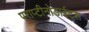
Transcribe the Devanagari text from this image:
पराप्टीनोडाईट्स